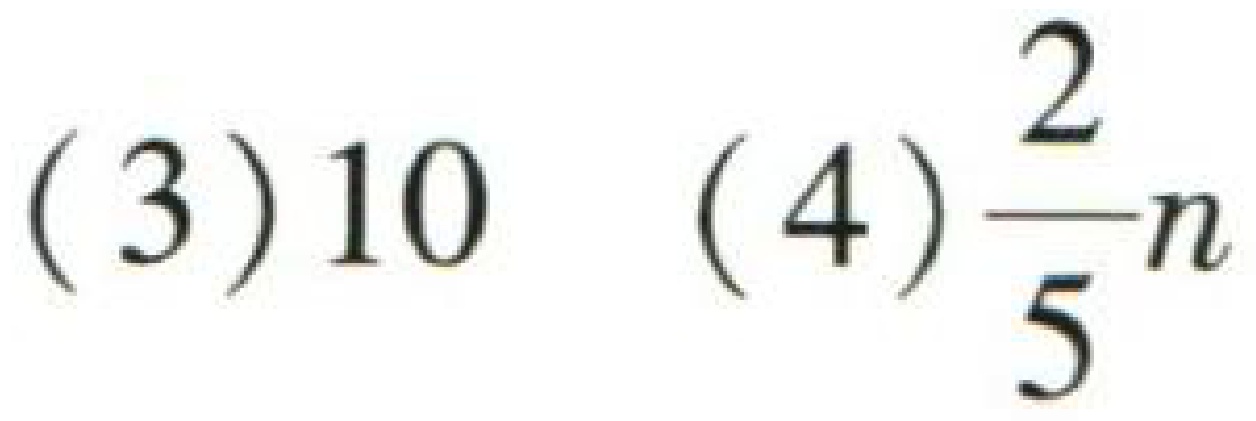
(3) \(10\) (4) \(\frac{2}{5}n\)